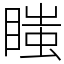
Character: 𥉍